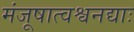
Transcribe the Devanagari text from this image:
मंजूषात्वश्वनद्याः